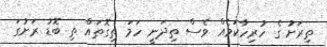
ތިރަށު ގެ ހުރިހާކަމެއް ވެސް ތިދަނީ ހަމަ ތިގޮތައް ތި ބޮޑު ރަށުގަ